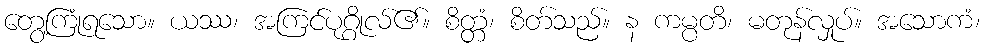
တွေ့ကြုံရသော။ ယဿ၊ အကြင်ပုဂ္ဂိုလ်၏။ စိတ္တံ၊ စိတ်သည်။ န ကမ္ပတိ၊ မတုန်လှုပ်။ အသောကံ၊